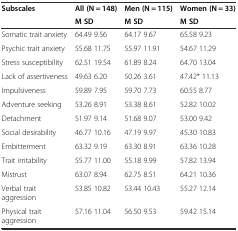
<table><thead><tr><td rowspan="2"><b>Subscales</b></td><td><b>All (N = 148)</b></td><td><b>Men (N = 115)</b></td><td><b>Women (N = 33)</b></td></tr><tr><td><b>M SD</b></td><td><b>M SD</b></td><td><b>M SD</b></td></tr></thead><tbody><tr><td>Somatic trait anxiety</td><td>64.49 9.56</td><td>64.17 9.67</td><td>65.58 9.23</td></tr><tr><td>Psychic trait anxiety</td><td>55.68 11.75</td><td>55.97 11.91</td><td>54.67 11.29</td></tr><tr><td>Stress susceptibility</td><td>62.51 19.54</td><td>61.89 8.24</td><td>64.70 13.04</td></tr><tr><td>Lack of assertiveness</td><td>49.63 6.20</td><td>50.26 3.61</td><td>47.42* 11.13</td></tr><tr><td>Impulsiveness</td><td>59.89 7.95</td><td>59.70 7.73</td><td>60.55 8.77</td></tr><tr><td>Adventure seeking</td><td>53.26 8.91</td><td>53.38 8.61</td><td>52.82 10.02</td></tr><tr><td>Detachment</td><td>51.97 9.14</td><td>51.68 9.07</td><td>53.00 9.42</td></tr><tr><td>Social desirability</td><td>46.77 10.16</td><td>47.19 9.97</td><td>45.30 10.83</td></tr><tr><td>Embitterment</td><td>63.32 9.19</td><td>63.30 8.91</td><td>63.36 10.28</td></tr><tr><td>Trait irritability</td><td>55.77 11.00</td><td>55.18 9.99</td><td>57.82 13.94</td></tr><tr><td>Mistrust</td><td>63.07 8.94</td><td>62.75 8.51</td><td>64.21 10.36</td></tr><tr><td>Verbal trait aggression</td><td>53.85 10.82</td><td>53.44 10.43</td><td>55.27 12.14</td></tr><tr><td>Physical trait aggression</td><td>57.16 11.04</td><td>56.50 9.53</td><td>59.42 15.14</td></tr></tbody></table>